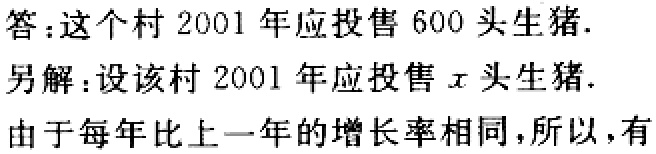
答：这个村 2001 年应投售 600 头生猪.
另解：设该村 2001 年应投售 \(x\) 头生猪.
由于每年比上一年的增长率相同，所以，有